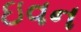
ઇવન